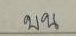
บน